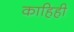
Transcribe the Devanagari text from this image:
काहिही